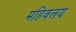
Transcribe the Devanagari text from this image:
महिवलय